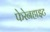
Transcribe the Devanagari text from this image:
फेरेनहाइट